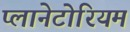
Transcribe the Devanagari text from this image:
प्लानेटोरियम